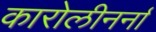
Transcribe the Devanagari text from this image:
कारोलीनर्ना